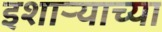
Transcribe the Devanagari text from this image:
इशाऱ्याच्या